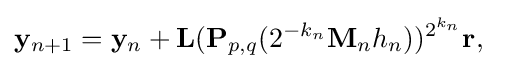
\mathbf {y} _{n+1}=\mathbf {y} _{n}+\mathbf {L} (\mathbf {P} _{p,q}(2^{-k_{n}}\mathbf {M} _{n}h_{n}))^{2^{k_{n}}}\mathbf {r,} \quad